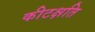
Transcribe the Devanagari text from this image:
कीटक्षति